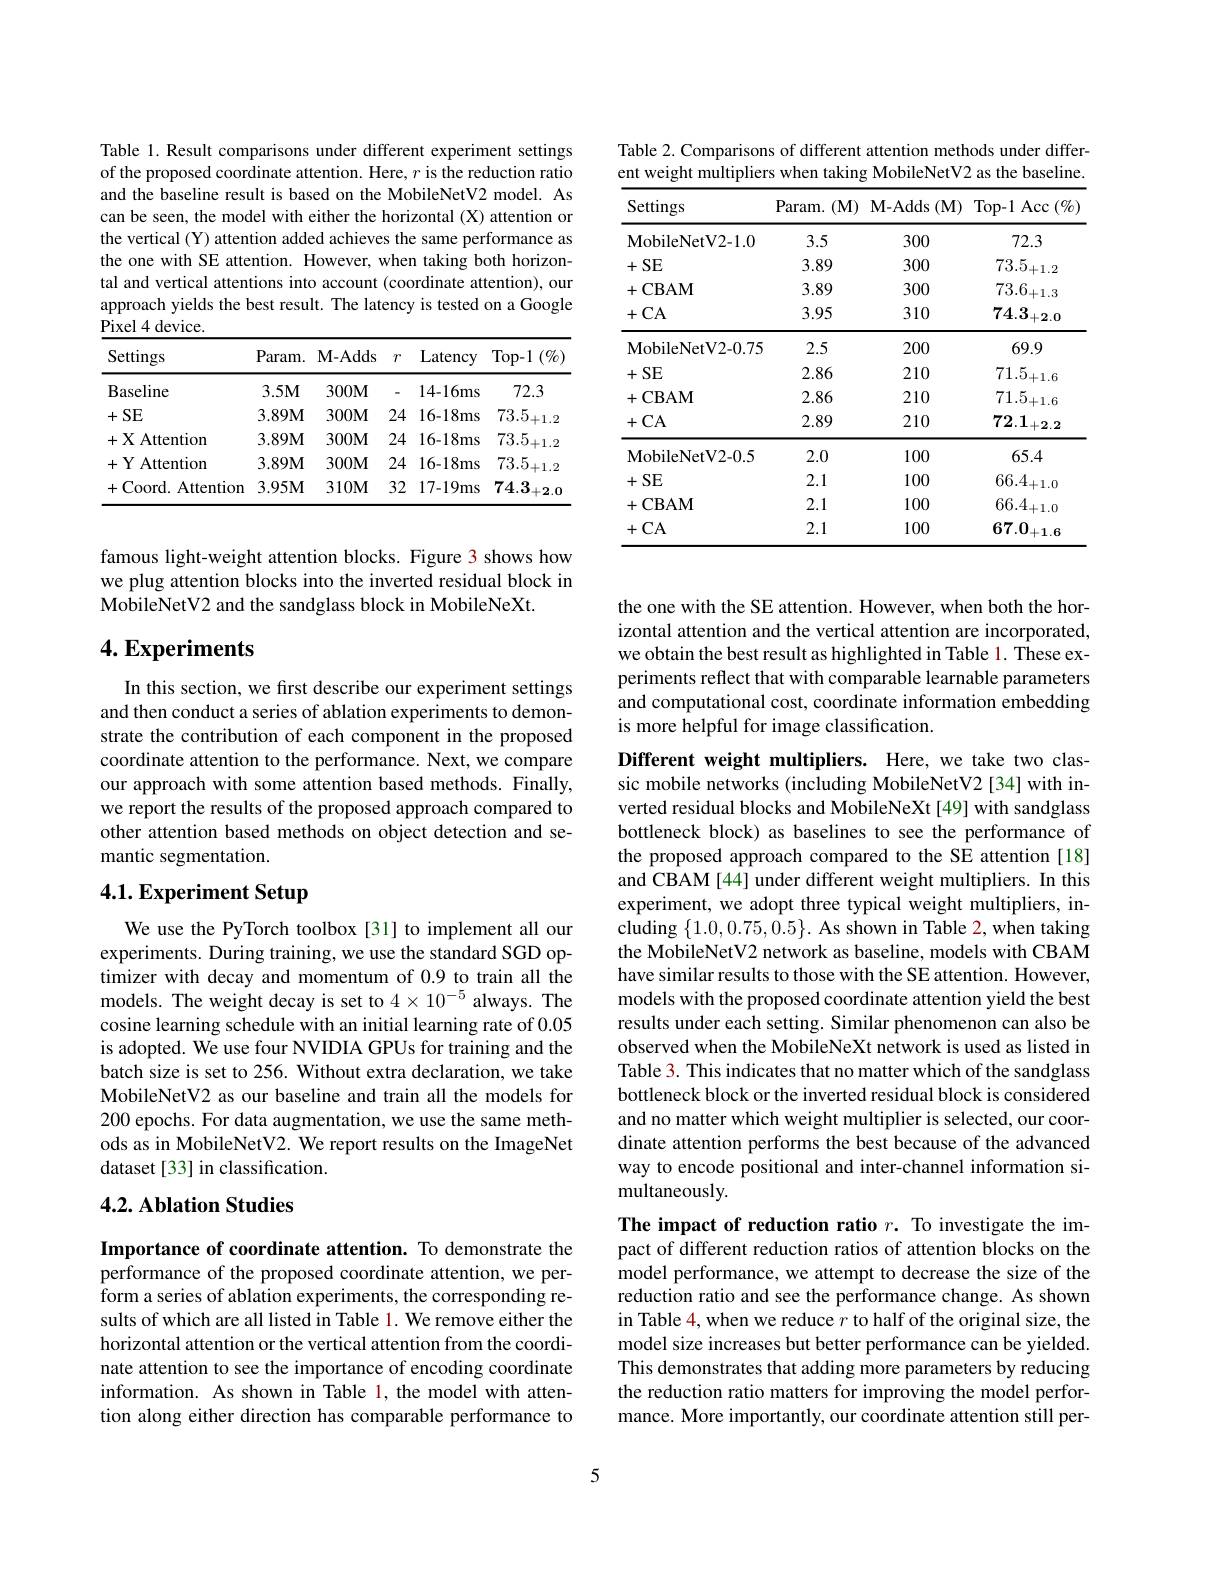
Table 1. Result comparisons under different experiment settings of the proposed coordinate attention. Here, $r$ is the reduction ratio and the baseline result is based on the MobileNetV2 model. As can be seen, the model with either the horizontal (X) attention or the vertical (Y) attention added achieves the same performance as the one with SE attention. However, when taking both horizontal and vertical attentions into account (coordinate attention), our approach yields the best result. The latency is tested on a Google $\operatorname{Pixel}4$device.

<table>
	<tbody>
		<tr>
			<th>Settings</th>
			<th>Param. </th>
			<th>$\mathbf{M-Adds}$</th>
			<th>$r$</th>
			<th>Latency</th>
			<th>Top- 1 $( \% )$</th>
		</tr>
		<tr>
			<td>Baseline</td>
			<td>$3.5M$</td>
			<td>$300M$</td>
			<td>-</td>
			<td>14-16ms</td>
			<td>72.3</td>
		</tr>
		<tr>
			<td>+SE</td>
			<td>3.89M</td>
			<td>$300M$</td>
			<td>24</td>
			<td>16-18ms</td>
			<td>$73.5_{+1.2}$</td>
		</tr>
		<tr>
			<td>+X Attention</td>
			<td>$3.89M$</td>
			<td>$300M$</td>
			<td>24</td>
			<td>16-18ms</td>
			<td>$73.5_{+1.2}$</td>
		</tr>
		<tr>
			<td>+Y Attention</td>
			<td>$3.89M$</td>
			<td>$300M$</td>
			<td>24</td>
			<td>16-18ms</td>
			<td>$73.5_{+1.2}$</td>
		</tr>
		<tr>
			<td>Coord. Attention 十 . C</td>
			<td>$3.95M$</td>
			<td>$310M$</td>
			<td>32</td>
			<td>17-19ms</td>
			<td>74.3 +2.0</td>
		</tr>
	</tbody>
</table>

famous light-weight attention blocks. Figure 3 shows how we plug attention blocks into the inverted residual block in MobileNetV2 and the sandglass block in MobileNeXt.

## $4. \textbf{Experiments}$

In this section, we first describe our experiment settings and then conduct a series of ablation experiments to demonstrate the contribution of each component in the proposed coordinate attention to the performance. Next, we compare our approach with some attention based methods. Finally, we report the results of the proposed approach compared to other attention based methods on object detection and semantic segmentation.

# 4.1. Experiment Setup

We use the PyTorch toolbox [31] to implement all our experiments. During training, we use the standard SGD optimizer with decay and momentum of 0.9 to train all the models. The weight decay is set to $4\times10^{-5}$ always. The cosine learning schedule with an initial learning rate of 0.05 is adopted. We use four NVIDIA GPUs for training and the batch size is set to 256. Without extra declaration, we take MobileNetV2 as our baseline and train all the models for 200 epochs. For data augmentation, we use the same methods as in MobileNetV2. We report results on the ImageNet dataset [33] in classification.

## 4.2. Ablation Studies

Importance of coordinate attention. To demonstrate the performance of the proposed coordinate attention, we per- $\hat{\text{form a series of ablation experiments, the corresponding re-}}$ sults of which are all listed in Table 1. We remove either the horizontal attention or the vertical attention from the coordinate attention to see the importance of encoding coordinate information. As shown in Table 1, the model with attention along either direction has comparable performance to

Table 2. Comparisons of different attention methods under different weight multipliers when taking MobileNetV2 as the baseline.

<table>
	<tbody>
		<tr>
			<th>Settings</th>
			<th>$Param.$ $(\mathbf{M})$ $f$</th>
			<th>$\mathbf{M-Adds}$ $;(\mathbf{M})$ T 1 T 1</th>
			<th>$\operatorname{Top-1}\operatorname{Acc}$ $c\left(\%\right)$</th>
		</tr>
		<tr>
			<td>$\mathbf{MobileNetV2-1.0}$</td>
			<td>3.5</td>
			<td>300</td>
			<td>72.3</td>
		</tr>
		<tr>
			<td>+SE</td>
			<td>3.89</td>
			<td>300</td>
			<td>$73.5_{+1.2}$</td>
		</tr>
		<tr>
			<td>+CBAM</td>
			<td>3.89</td>
			<td>300</td>
			<td>$73.6_{+1.3}$</td>
		</tr>
		<tr>
			<td>+CA</td>
			<td>3.95</td>
			<td>310</td>
			<td>$74.3_{+2.0}$</td>
		</tr>
		<tr>
			<td>$\mathbf{MobileNetV2-0.75}$</td>
			<td>2.5</td>
			<td>200</td>
			<td>69.9</td>
		</tr>
		<tr>
			<td>+SE</td>
			<td>2.86</td>
			<td>210</td>
			<td>$71.5_{+1.6}$</td>
		</tr>
		<tr>
			<td>+CBAM</td>
			<td>2.86</td>
			<td>210</td>
			<td>$71.5_{+1.6}$</td>
		</tr>
		<tr>
			<td>+CA</td>
			<td>2.89</td>
			<td>210</td>
			<td>$72.1_{+2.2}$ </td>
		</tr>
		<tr>
			<td>$\mathbf{MobileNetV2-0.5}$</td>
			<td>2.0</td>
			<td>100</td>
			<td>65.4</td>
		</tr>
		<tr>
			<td>+SE</td>
			<td>2.1</td>
			<td>100</td>
			<td>$66.4_{+1.0}$</td>
		</tr>
		<tr>
			<td>+CBAM</td>
			<td>2.1</td>
			<td>100</td>
			<td>$66.4_{+1.0}$</td>
		</tr>
		<tr>
			<td>+CA</td>
			<td>2.1</td>
			<td>100</td>
			<td>$67.0_{+1.6}$</td>
		</tr>
	</tbody>
</table>

the one with the SE attention. However, when both the horizontal attention and the vertical attention are incorporated, we obtain the best result as highlighted in Table 1. These experiments reflect that with comparable learnable parameters and computational cost, coordinate information embedding is more helpful for image classification.

Different weight multipliers. Here, we take two classic mobile networks (including MobileNetV2 [34] with inverted residual blocks and MobileNeXt [49] with sandglass bottleneck block) as baselines to see the performance of the proposed approach compared to the SE attention [18] and CBAM [44] under different weight multipliers. In this experiment, we adopt three typical weight multipliers, including $\{1.0,0.75,\hat{0.5}\}.$ As shown in Table 2, when taking the MobileNetV2 network as baseline, models with CBAM have similar results to those with the SE attention. However, models with the proposed coordinate attention yield the best results under each setting. Similar phenomenon can also be observed when the MobileNeXt network is used as listed in Table 3. This indicates that no matter which of the sandglass bottleneck block or the inverted residual block is considered and no matter which weight multiplier is selected, our coordinate attention performs the best because of the advanced way to encode positional and inter-channel information simultaneously.
The impact of reduction ratio $r.$ To investigate the im-

pact of different reduction ratios of attention blocks on the model performance, we attempt to decrease the size of the reduction ratio and see the performance change. As shown in Table 4, when we reduce $r$ to half of the original size, the model size increases but better performance can be yielded. This demonstrates that adding more parameters by reducing the reduction ratio matters for improving the model performance. More importantly, our coordinate attention still per-

5